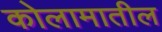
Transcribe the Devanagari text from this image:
कोलामातील